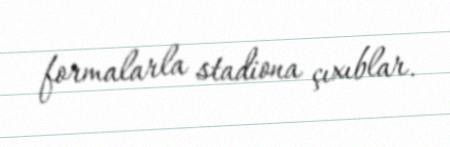
formalarla stadiona çıxıblar.